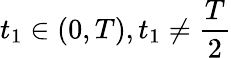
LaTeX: t_{1}\in(0,T),t_{1}\neq\frac{T}{2}